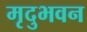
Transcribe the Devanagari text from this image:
मृदुभवन